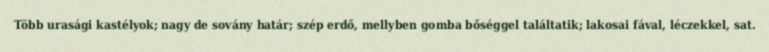
Több urasági kastélyok; nagy de sovány határ; szép erdő, mellyben gomba bőséggel találtatik; lakosai fával, léczekkel, sat.